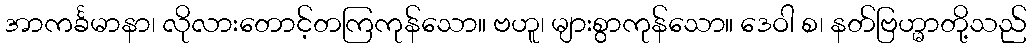
အာကင်္ခမာနာ၊ လိုလားတောင့်တကြကုန်သော။ ဗဟူ၊ များစွာကုန်သော။ ဒေဝါ စ၊ နတ်ဗြဟ္မာတို့သည်